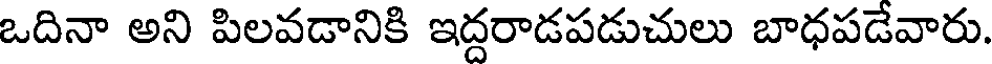
ఒదినా అని పిలవడానికి ఇద్దరాడపడుచులు బాధపడేవారు.